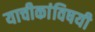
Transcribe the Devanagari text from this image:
याचीकांविषयी